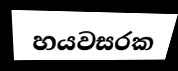
හයවසරක